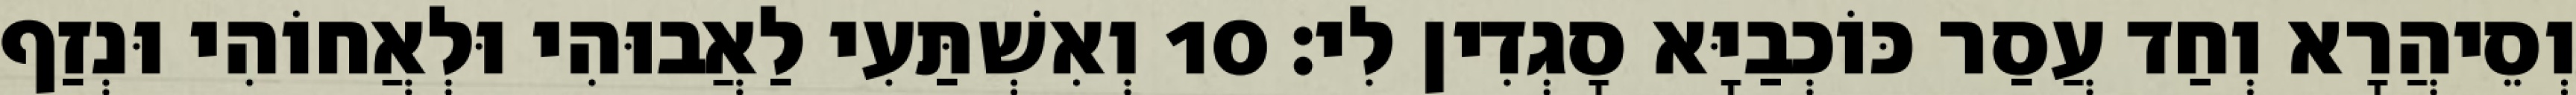
וְסֵיהֲרָא וְחַד עֲסַר כּוֹכְבַיָּא סָגְדִין לִי׃ 10 וְאִשְׁתַּעִי לַאֲבוּהִי וּלְאֲחוֹהִי וּנְזַף